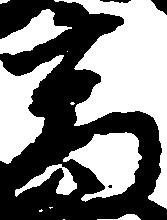
高